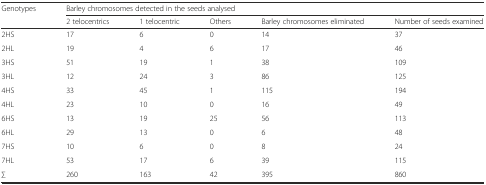
<table><thead><tr><td rowspan="2"><b>Genotypes</b></td><td colspan="5"><b>Barley chromosomes detected in the seeds analysed</b></td></tr><tr><td><b>2 telocentrics</b></td><td><b>1 telocentric</b></td><td><b>Others</b></td><td><b>Barley chromosomes eliminated</b></td><td><b>Number of seeds examined</b></td></tr></thead><tbody><tr><td>2HS</td><td>17</td><td>6</td><td>0</td><td>14</td><td>37</td></tr><tr><td>2HL</td><td>19</td><td>4</td><td>6</td><td>17</td><td>46</td></tr><tr><td>3HS</td><td>51</td><td>19</td><td>1</td><td>38</td><td>109</td></tr><tr><td>3HL</td><td>12</td><td>24</td><td>3</td><td>86</td><td>125</td></tr><tr><td>4HS</td><td>33</td><td>45</td><td>1</td><td>115</td><td>194</td></tr><tr><td>4HL</td><td>23</td><td>10</td><td>0</td><td>16</td><td>49</td></tr><tr><td>6HS</td><td>13</td><td>19</td><td>25</td><td>56</td><td>113</td></tr><tr><td>6HL</td><td>29</td><td>13</td><td>0</td><td>6</td><td>48</td></tr><tr><td>7HS</td><td>10</td><td>6</td><td>0</td><td>8</td><td>24</td></tr><tr><td>7HL</td><td>53</td><td>17</td><td>6</td><td>39</td><td>115</td></tr><tr><td>∑</td><td>260</td><td>163</td><td>42</td><td>395</td><td>860</td></tr></tbody></table>